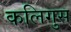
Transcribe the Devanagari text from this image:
कलिगुस